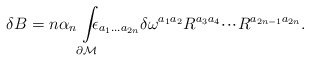
\begin{align*}\delta B=n\alpha _{n}\int\limits_{\partial {\cal M}}\!\!\!\!\epsilon_{a_{1}...a_{2n}}\delta \omega ^{a_{1}a_{2}}R^{a_{3}a_{4}}\!\cdot \!\cdot\!\cdot \!R^{a_{2n-1}a_{2n}}. \end{align*}